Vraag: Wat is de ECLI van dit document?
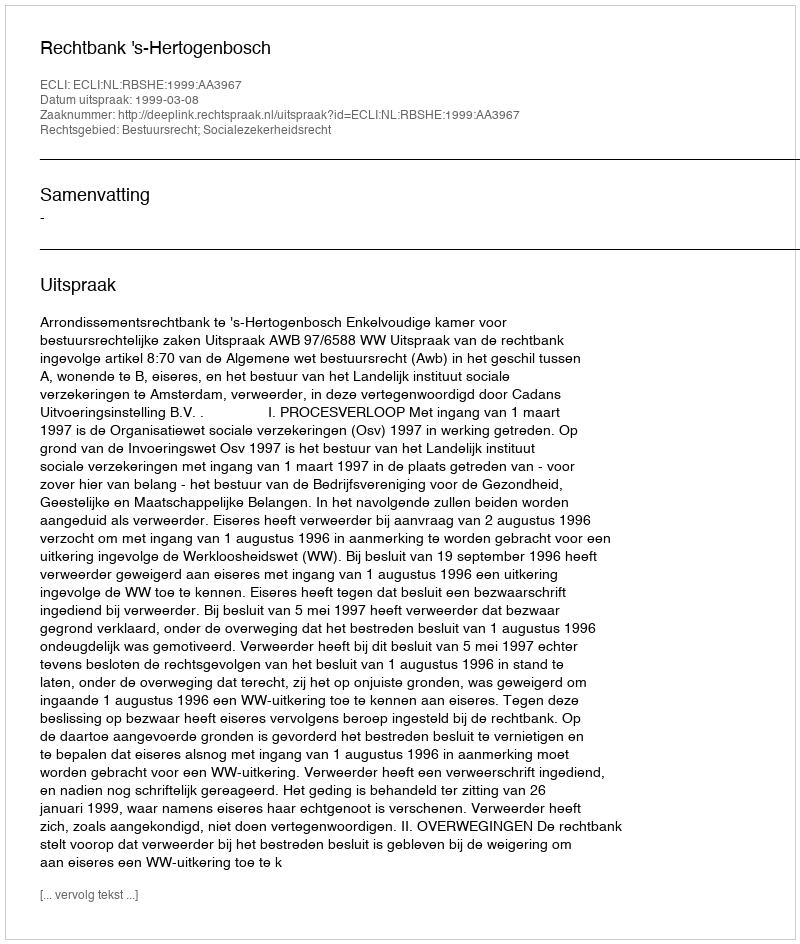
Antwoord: ECLI:NL:RBSHE:1999:AA3967